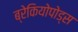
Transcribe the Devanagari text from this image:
ब्रेकियोपोड्स